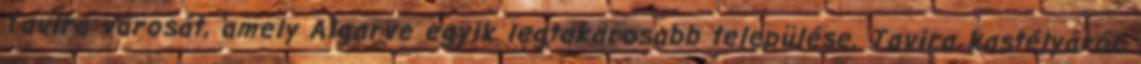
Tavira városát, amely Algarve egyik legtakarosabb települése. Tavira kastélyáról,